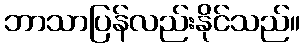
ဘာသာပြန်လည်းနိုင်သည်။